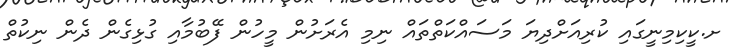
ށ.ކީކިމިނީގައި ކުރިއަށްދިޔަ މަސައްކަތްތައް ނިމި އެރަށުން މީހުން ފޭބުމާއި ގުޅިގެން ދެން ނިކުތް